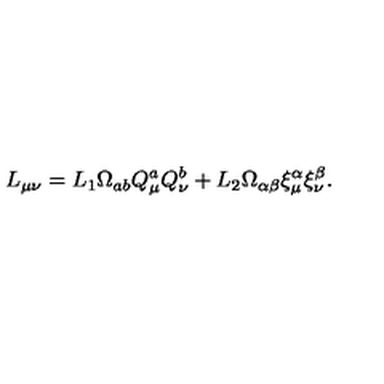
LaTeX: L _ { \mu \nu } = L _ { 1 } \Omega _ { a b } Q _ { \mu } ^ { a } Q _ { \nu } ^ { b } + L _ { 2 } \Omega _ { \alpha \beta } \xi _ { \mu } ^ { \alpha } \xi _ { \nu } ^ { \beta } .